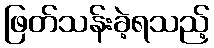
ဖြတ်သန်းခဲ့ရသည့်